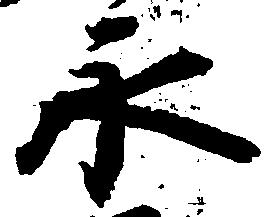
永